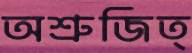
অশ্রুজিত্